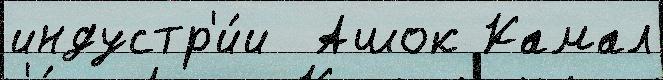
индустр'и́и  Ашок Камал